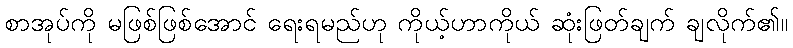
စာအုပ်ကို မဖြစ်ဖြစ်အောင် ရေးရမည်ဟု ကိုယ့်ဟာကိုယ် ဆုံးဖြတ်ချက် ချလိုက်၏။